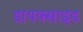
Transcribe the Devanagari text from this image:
डायक्साइड